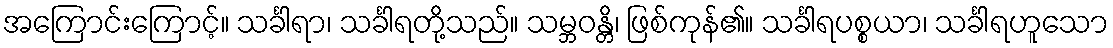
အကြောင်းကြောင့်။ သင်္ခါရာ၊ သင်္ခါရတို့သည်။ သမ္ဘဝန္တိ၊ ဖြစ်ကုန်၏။ သင်္ခါရပစ္စယာ၊ သင်္ခါရဟူသော